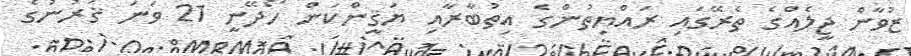
ޒުވާން ޖީލެއްގެ ތެރޭގައި ރައްޔިތުންގެ އިތުބާރާއި ޔަޤީންކަން ހޯދޭނީ 21 ވަނަ ޤަރުނުގެ